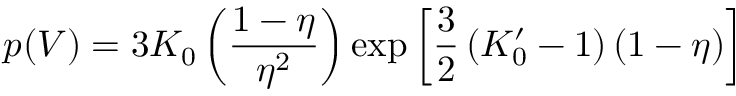
p ( V ) = 3 K _ { 0 } \left( { \frac { 1 - \eta } { \eta ^ { 2 } } } \right) \exp \left[ { \frac { 3 } { 2 } } \left( K _ { 0 } ^ { \prime } - 1 \right) ( 1 - \eta ) \right]